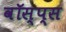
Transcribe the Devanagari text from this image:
वॉस्प्स